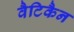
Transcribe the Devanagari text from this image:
वैटिकैन